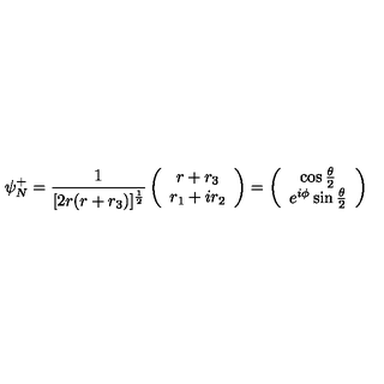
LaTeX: \psi _ { N } ^ { + } = \frac { 1 } { [ 2 r ( r + r _ { 3 } ) ] ^ { \frac { 1 } { 2 } } } \left( \begin{array} { c } { r + r _ { 3 } } \\ { r _ { 1 } + i r _ { 2 } } \\ \end{array} \right) = \left( \begin{array} { c } { \cos \frac { \theta } { 2 } } \\ { e ^ { i \phi } \sin \frac { \theta } { 2 } } \\ \end{array} \right)